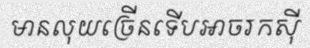
មានលុយច្រើនទើបអាចរកស៊ី